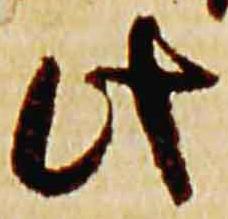
此